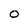
Character: O